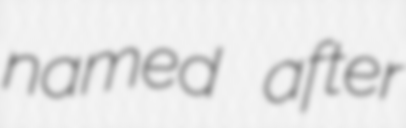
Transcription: named after